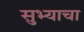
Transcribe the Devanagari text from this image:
सुभ्याचा